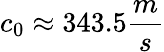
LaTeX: c_{0}\approx 343.5\frac{m}{s}